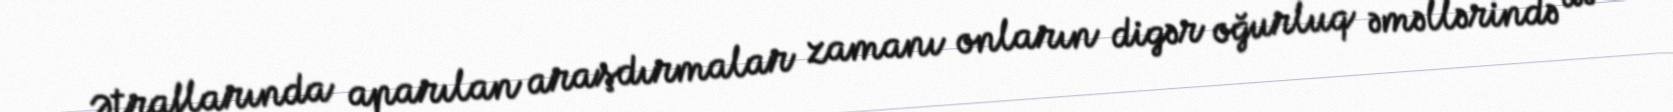
Ətraflarında aparılan araşdırmalar zamanı onların digər oğurluq əməllərində də